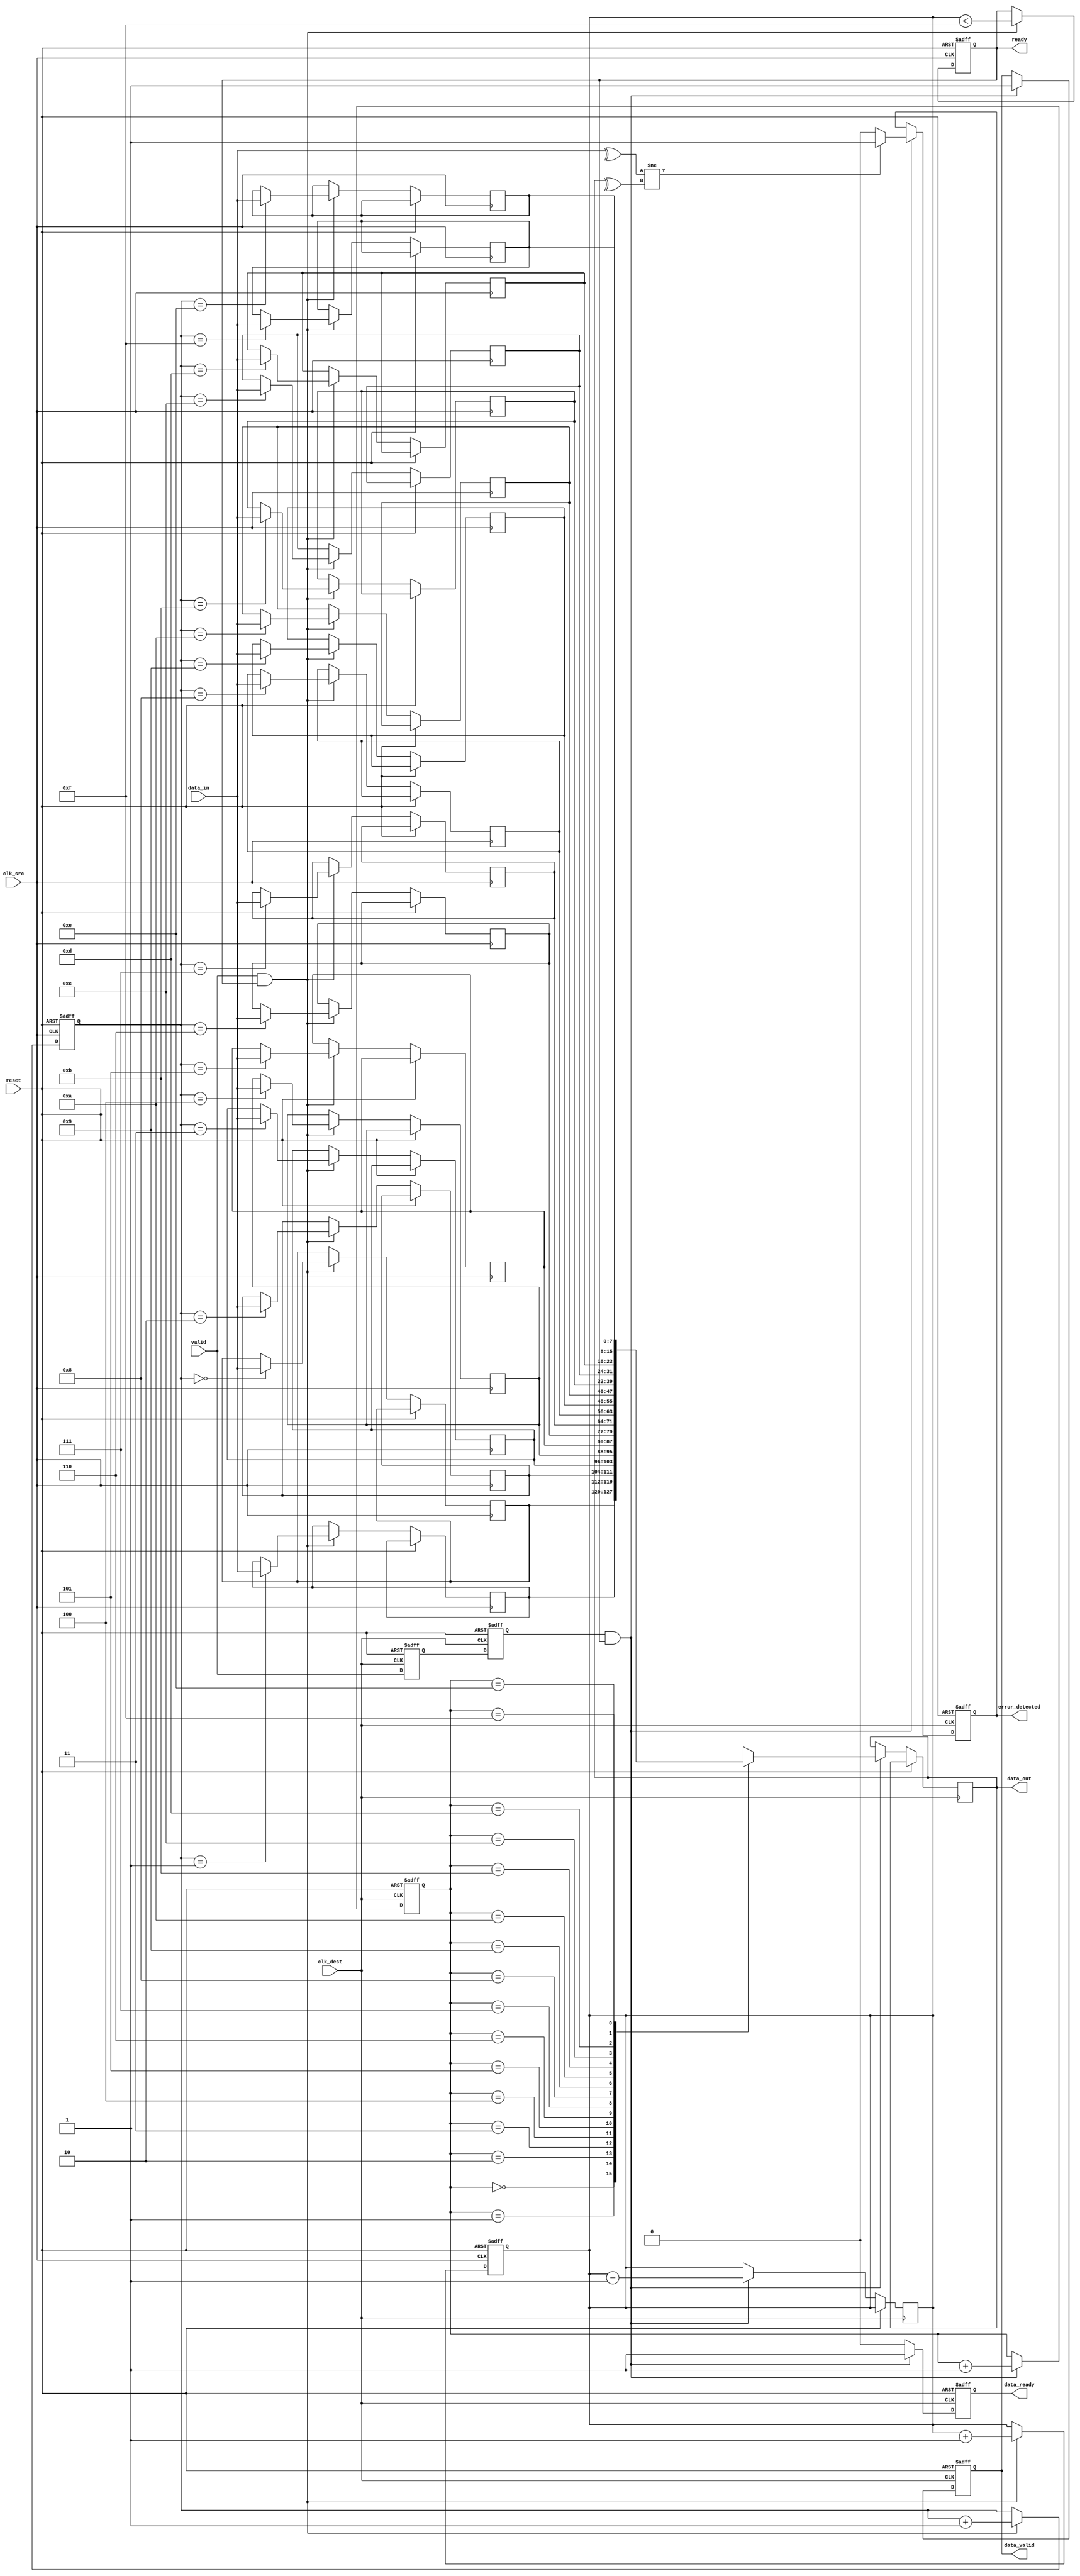
module cdc_fifo #(
    parameter DATA_WIDTH = 8,
    parameter FIFO_DEPTH = 16
)(
    input wire clk_src,               // Source clock
    input wire clk_dest,              // Destination clock
    input wire reset,                 // Reset signal
    input wire [DATA_WIDTH-1:0] data_in, // Data input from source
    input wire valid,                 // Valid signal from source
    output wire ready,                // Ready signal for source
    output reg [DATA_WIDTH-1:0] data_out, // Data output to destination
    output reg data_valid,            // Indicates valid data at output
    output reg error_detected,        // Error detection flag
    output reg data_ready             // Indicates data is ready in destination
);

// FIFO buffer
reg [DATA_WIDTH-1:0] fifo [0:FIFO_DEPTH-1];
reg [3:0] write_ptr, read_ptr;
reg [3:0] fifo_count;

// Handshaking signals
reg ready_int;
wire valid_sync;
reg valid_sync_d1, valid_sync_d2;

// Parity bit generation
wire parity_bit;
assign parity_bit = ^data_in;

// Synchronize the valid signal
always @(posedge clk_dest or posedge reset) begin
    if (reset) begin
        valid_sync_d1 <= 1'b0;
        valid_sync_d2 <= 1'b0;
    end else begin
        valid_sync_d1 <= valid;
        valid_sync_d2 <= valid_sync_d1;
    end
end

assign valid_sync = valid_sync_d2;

// FIFO write operation
always @(posedge clk_src or posedge reset) begin
    if (reset) begin
        write_ptr <= 4'b0;
        fifo_count <= 4'b0;
        ready_int <= 1'b1;
    end else begin
        if (valid && ready_int) begin
            fifo[write_ptr] <= data_in;
            write_ptr <= write_ptr + 1;
            fifo_count <= fifo_count + 1;
            ready_int <= (fifo_count < FIFO_DEPTH - 1);
        end
    end
end

// FIFO read operation
always @(posedge clk_dest or posedge reset) begin
    if (reset) begin
        read_ptr <= 4'b0;
        data_valid <= 1'b0;
        error_detected <= 1'b0;
        data_ready <= 1'b0;
    end else begin
        if (valid_sync && ready) begin
            data_out <= fifo[read_ptr];
            // Check parity
            if (parity_bit != ^data_out) begin
                error_detected <= 1'b1; // Error detected
            end else begin
                error_detected <= 1'b0; // No error
            end
            data_valid <= 1'b1;
            read_ptr <= read_ptr + 1;
            fifo_count <= fifo_count - 1;
            data_ready <= 1'b1;
        end else begin
            data_ready <= 1'b0;
        end
    end
end

// Ready signal for source
assign ready = ready_int;

endmodule